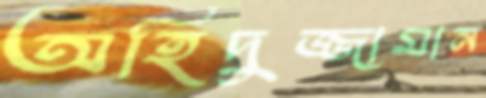
অহিদুজ্জামান